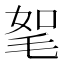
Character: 𣭠